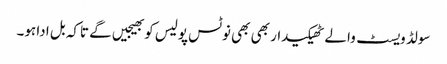
سولڈ ویسٹ والے ٹھیکیدار بھی بھی نوٹس پولیس کو بھیجیں گے تاکہ بل ادا ہو۔